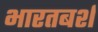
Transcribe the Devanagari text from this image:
भारतबर्श